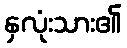
နှလုံးသား၏